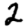
Digit: 2